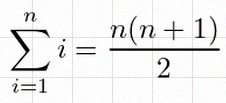
\sum_{i=1}^{n}i=\frac{n(n+1)}2